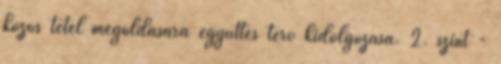
közös tétel megoldására együttes terv kidolgozása. 2. szint -